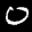
Label: 0